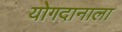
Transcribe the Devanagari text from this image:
योगदानाला